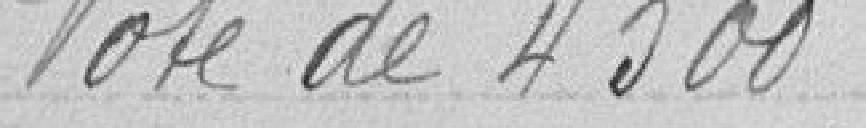
Vote de 4 500 francs.